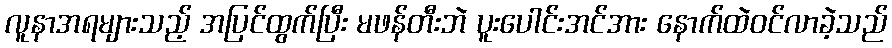
လူနာအရများသည့် အပြင်ထွက်ပြီး မဖန်တီးဘဲ ပူးပေါင်းအင်အား နောက်ထဲဝင်လာခဲ့သည်